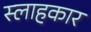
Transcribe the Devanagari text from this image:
स्लाहकार